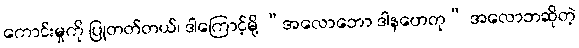
ကောင်းမှုကို ပြုတတ်တယ်၊ ဒါကြောင့်မို့ “အလောဘော ဒါနဟေတု” အလောဘဆိုတဲ့